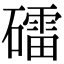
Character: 礌